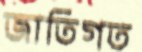
জাতিগত